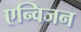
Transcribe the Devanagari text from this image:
एन्विजन